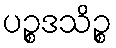
ပဉ္စဒသိဉ္စ